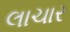
લાચાર